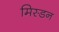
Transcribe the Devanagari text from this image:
मिस्डन